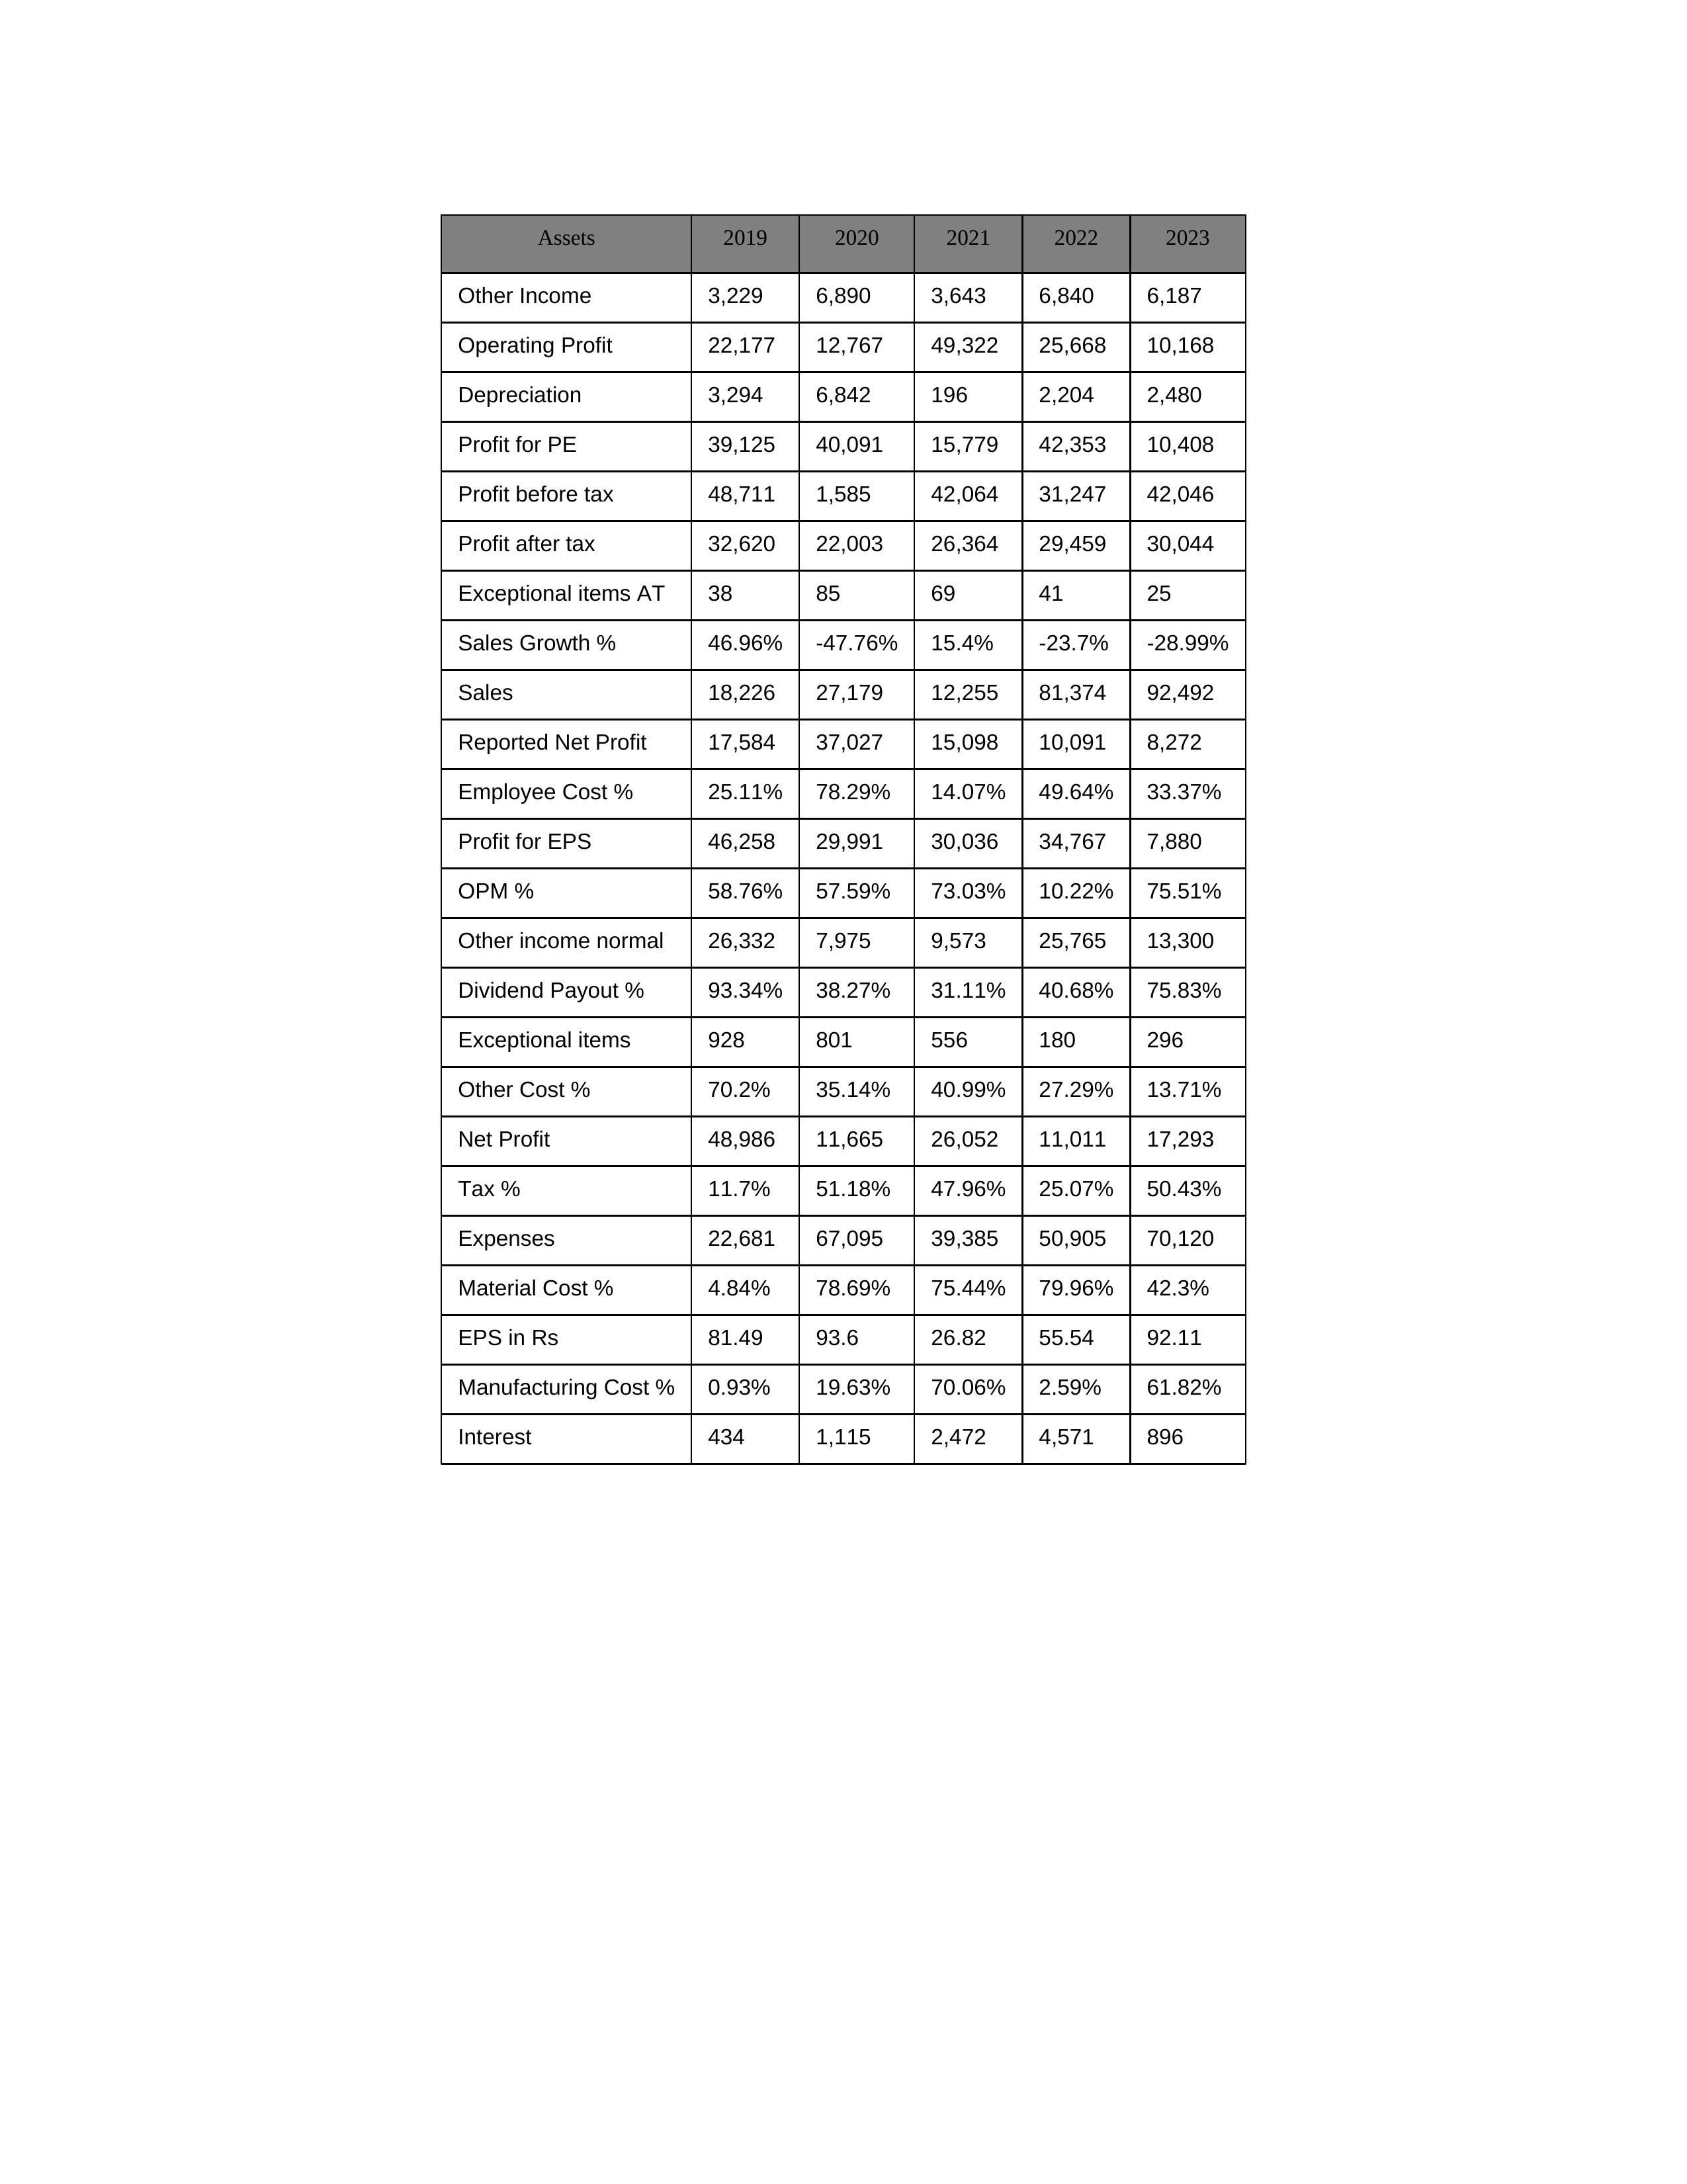
gt_parse: 2019: Sales: 18,226
Sales Growth %: 46.96%
Expenses: 22,681
Material Cost %: 4.84%
Manufacturing Cost %: 0.93%
Employee Cost %: 25.11%
Other Cost %: 70.2%
Operating Profit: 22,177
OPM %: 58.76%
Other Income: 3,229
Exceptional items: 928
Other income normal: 26,332
Interest: 434
Depreciation: 3,294
Profit before tax: 48,711
Tax %: 11.7%
Net Profit: 48,986
Profit after tax: 32,620
Reported Net Profit: 17,584
Profit for EPS: 46,258
Exceptional items AT: 38
Profit for PE: 39,125
EPS in Rs: 81.49
Dividend Payout %: 93.34%
2020: Sales: 27,179
Sales Growth %: -47.76%
Expenses: 67,095
Material Cost %: 78.69%
Manufacturing Cost %: 19.63%
Employee Cost %: 78.29%
Other Cost %: 35.14%
Operating Profit: 12,767
OPM %: 57.59%
Other Income: 6,890
Exceptional items: 801
Other income normal: 7,975
Interest: 1,115
Depreciation: 6,842
Profit before tax: 1,585
Tax %: 51.18%
Net Profit: 11,665
Profit after tax: 22,003
Reported Net Profit: 37,027
Profit for EPS: 29,991
Exceptional items AT: 85
Profit for PE: 40,091
EPS in Rs: 93.6
Dividend Payout %: 38.27%
2021: Sales: 12,255
Sales Growth %: 15.4%
Expenses: 39,385
Material Cost %: 75.44%
Manufacturing Cost %: 70.06%
Employee Cost %: 14.07%
Other Cost %: 40.99%
Operating Profit: 49,322
OPM %: 73.03%
Other Income: 3,643
Exceptional items: 556
Other income normal: 9,573
Interest: 2,472
Depreciation: 196
Profit before tax: 42,064
Tax %: 47.96%
Net Profit: 26,052
Profit after tax: 26,364
Reported Net Profit: 15,098
Profit for EPS: 30,036
Exceptional items AT: 69
Profit for PE: 15,779
EPS in Rs: 26.82
Dividend Payout %: 31.11%
2022: Sales: 81,374
Sales Growth %: -23.7%
Expenses: 50,905
Material Cost %: 79.96%
Manufacturing Cost %: 2.59%
Employee Cost %: 49.64%
Other Cost %: 27.29%
Operating Profit: 25,668
OPM %: 10.22%
Other Income: 6,840
Exceptional items: 180
Other income normal: 25,765
Interest: 4,571
Depreciation: 2,204
Profit before tax: 31,247
Tax %: 25.07%
Net Profit: 11,011
Profit after tax: 29,459
Reported Net Profit: 10,091
Profit for EPS: 34,767
Exceptional items AT: 41
Profit for PE: 42,353
EPS in Rs: 55.54
Dividend Payout %: 40.68%
2023: Sales: 92,492
Sales Growth %: -28.99%
Expenses: 70,120
Material Cost %: 42.3%
Manufacturing Cost %: 61.82%
Employee Cost %: 33.37%
Other Cost %: 13.71%
Operating Profit: 10,168
OPM %: 75.51%
Other Income: 6,187
Exceptional items: 296
Other income normal: 13,300
Interest: 896
Depreciation: 2,480
Profit before tax: 42,046
Tax %: 50.43%
Net Profit: 17,293
Profit after tax: 30,044
Reported Net Profit: 8,272
Profit for EPS: 7,880
Exceptional items AT: 25
Profit for PE: 10,408
EPS in Rs: 92.11
Dividend Payout %: 75.83%